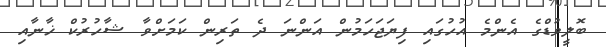
ބޮލީވުޑްގެ އެންމެ އުހުގައި ފިޔަޖަހަމުން އަންނަ ދެ ތަރިން ކަމަށްވާ ޝާހުރުކް ޚާނާއި